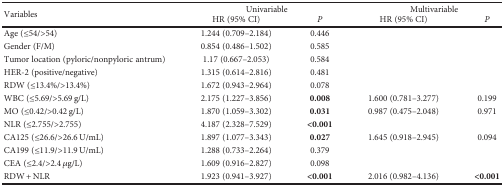
| <ROWSPAN=2> Variables | <COLSPAN=2> Univariable | <COLSPAN=2> Multivariable |
 | HR (95% CI) | P | HR (95% CI) | P |
 | --- | --- | --- | --- | --- |
 | Age (≤54/>54) | 1.244 (0.709–2.184) | 0.446 |  |  |
 | Gender (F/M) | 0.854 (0.486–1.502) | 0.585 |  |  |
 | Tumor location (pyloric/nonpyloric antrum) | 1.17 (0.667–2.053) | 0.584 |  |  |
 | HER-2 (positive/negative) | 1.315 (0.614–2.816) | 0.481 |  |  |
 | RDW (≤13.4%/>13.4%) | 1.672 (0.943–2.964) | 0.078 |  |  |
 | WBC (≤5.69/>5.69 g/L) | 2.175 (1.227–3.856) | 0.008 | 1.600 (0.781–3.277) | 0.199 |
 | MO (≤0.42/>0.42 g/L) | 1.870 (1.059–3.302) | 0.031 | 0.987 (0.475–2.048) | 0.971 |
 | NLR (≤2.755/>2.755) | 4.187 (2.328–7.529) | <0.001 |  |  |
 | CA125 (≤26.6/>26.6 U/mL) | 1.897 (1.077–3.343) | 0.027 | 1.645 (0.918–2.945) | 0.094 |
 | CA199 (≤11.9/>11.9 U/mL) | 1.288 (0.733–2.264) | 0.379 |  |  |
 | CEA (≤2.4/>2.4 μg/L) | 1.609 (0.916–2.827) | 0.098 |  |  |
 | RDW + NLR | 1.923 (0.941–3.927) | <0.001 | 2.016 (0.982–4.136) | <0.001 |